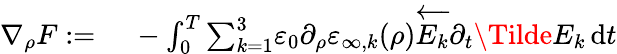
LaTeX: \begin{array}{rl}{\nabla_{\rho}F:=}&{{}\; -\int_{0}^{T}{\sum_{k=1}^{3}}\varepsilon_{0}\partial_{\rho}\varepsilon_{\infty,k}(\rho)\overleftarrow{E_{k}}\partial_{t}\Tilde{E}_{k}\, \mathrm{d}t}\end{array}